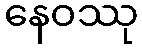
နေဝဿု